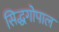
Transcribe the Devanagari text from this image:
सिद्धगोपाल